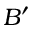
B ^ { \prime }